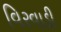
વિરવાડી